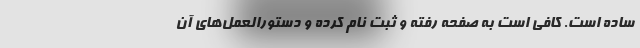
ساده است. کافی است به صفحه رفته و ثبت نام کرده و دستورالعمل‌های آن